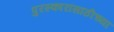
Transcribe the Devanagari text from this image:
पुरस्कारांसाठीच्या